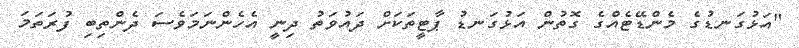
"އަޅުގަނޑުގެ މެންޑޭޓެއްގެ ގޮތުން އަޅުގަނޑު ޕާޓީތަކަށް ދައުވަތު ދިނީ އެހެންނަމަވެސަ ދެންތިބި ފުރަތަމަ